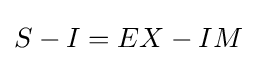
S-I=EX-IM